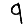
Digit: 9